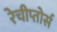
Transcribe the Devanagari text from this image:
रेचीप्तोर्स